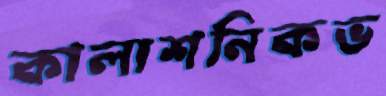
কালাশনিকভ